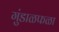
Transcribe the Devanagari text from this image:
गुंडाळफळा